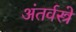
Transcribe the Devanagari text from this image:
अंतर्वस्त्रे